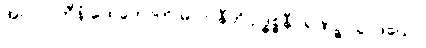
အပ္ပလာဘီနံ ထေတောတိ မူလာနီတိ ဥဒ္ဓစ္စနီဝရဏဉ္စ သွာဒယော